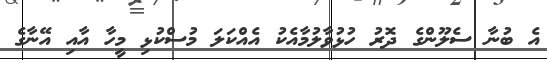
އެ ބުނާ ސެލޫންގެ ދޮރު ހުޅުވާލުމާއެކު އެއްކަލަ މުސްކުޅި މީހާ އާއި އޭނާގެ